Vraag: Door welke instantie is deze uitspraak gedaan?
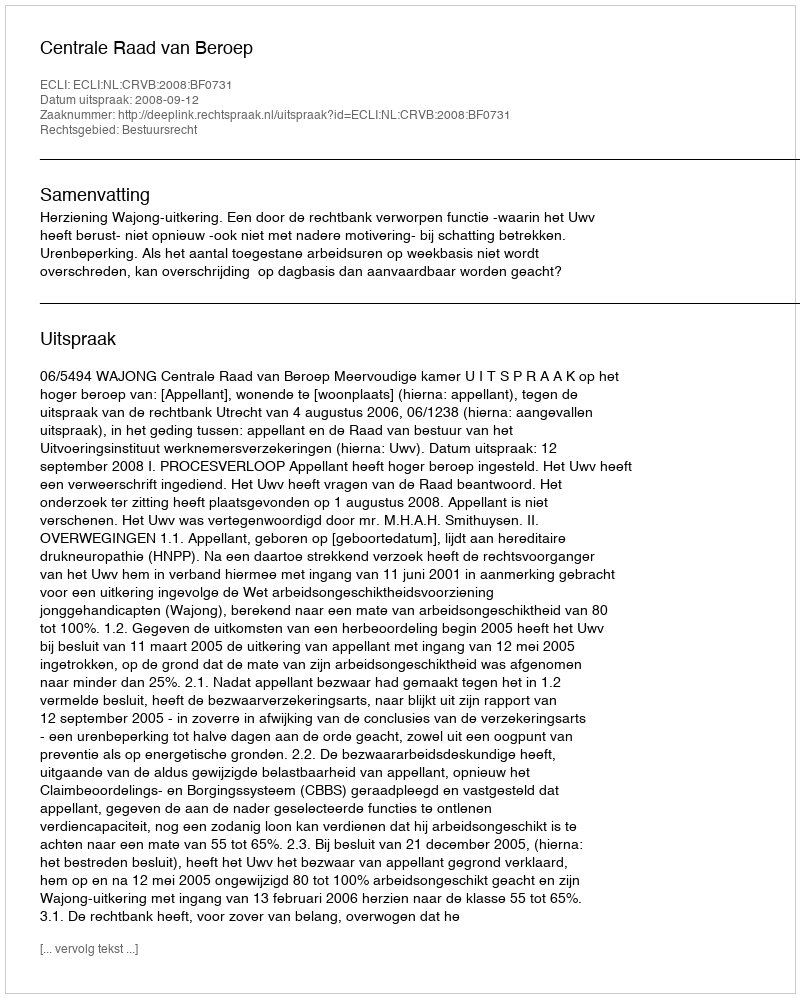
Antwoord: Centrale Raad van Beroep